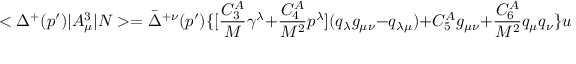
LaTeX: < \Delta ^ { + } ( p ^ { \prime } ) | A _ { \mu } ^ { 3 } | N > = \bar { \Delta } ^ { + \nu } ( p ^ { \prime } ) \{ [ { \frac { C _ { 3 } ^ { A } } { M } } \gamma ^ { \lambda } + { \frac { C _ { 4 } ^ { A } } { M ^ { 2 } } } p ^ { \lambda } ] ( q _ { \lambda } g _ { \mu \nu } - q _ { \lambda \mu } ) + C _ { 5 } ^ { A } g _ { \mu \nu } + { \frac { C _ { 6 } ^ { A } } { M ^ { 2 } } } q _ { \mu } q _ { \nu } \} u ( p )